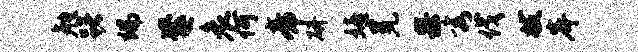
勉躇端爨哀何帝研嬉冕果秀伐拔岸